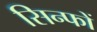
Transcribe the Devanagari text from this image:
सिन्फों